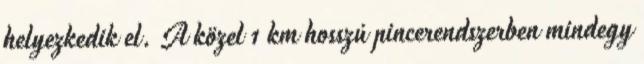
helyezkedik el. A közel 1 km hosszú pincerendszerben mindegy